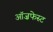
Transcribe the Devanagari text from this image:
ऑज़फेस्ट